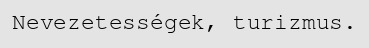
Nevezetességek, turizmus.